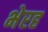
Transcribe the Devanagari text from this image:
भेरह